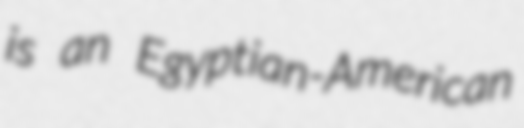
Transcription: is an Egyptian-American